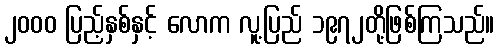
၂၀၀၀ ပြည့်နှစ်နှင့် လောက လူ့ပြည် ၁၉၇၂တို့ဖြစ်ကြသည်။